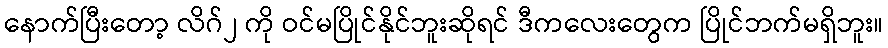
နောက်ပြီးတော့ လိဂ်၂ ကို ဝင်မပြိုင်နိုင်ဘူးဆိုရင် ဒီကလေးတွေက ပြိုင်ဘက်မရှိဘူး။